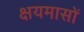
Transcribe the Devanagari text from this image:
क्षयमासों